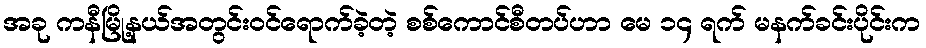
အခု ကနီမြို့နယ်အတွင်းဝင်ရောက်ခဲ့တဲ့ စစ်ကောင်စီတပ်ဟာ မေ ၁၄ ရက် မနက်ခင်းပိုင်းက